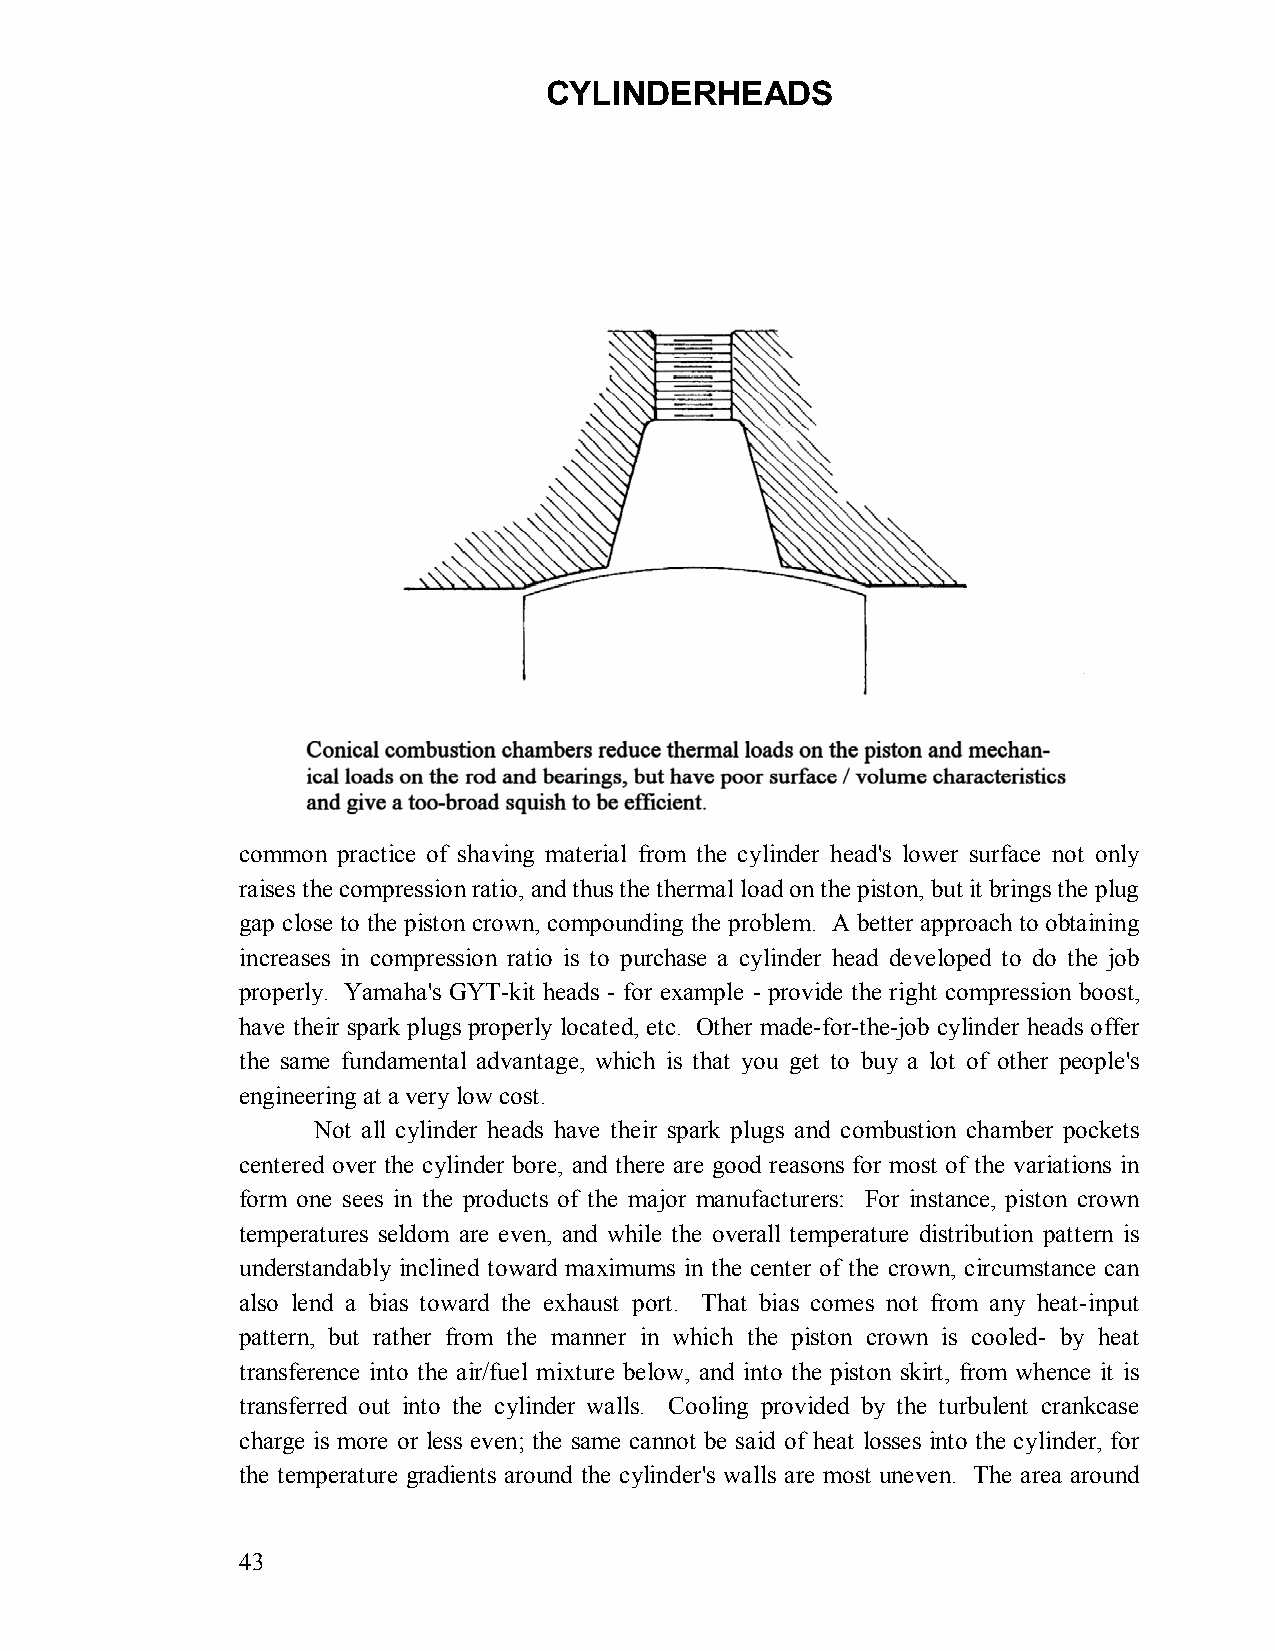
CYLINDERHEADS
 common practice of shaving material from the cylinder head's lower surface not only
 raises the compression ratio, and thus the thermal load on the piston, but it brings the plug
 gap close to the piston crown, compounding the problem. A better approach to obtaining
 increases in compression ratio is to purchase a cylinder head developed to do the job
 properly. Yamaha's GYT-kit heads - for example - provide the right compression boost,
 have their spark plugs properly located, etc. Other made-for-the-job cylinder heads offer
 the same fundamental advantage, which is that you get to buy a lot of other people's
 engineering at a very low cost.
 Not all cylinder heads have their spark plugs and combustion chamber pockets
 centered over the cylinder bore, and there are good reasons for most of the variations in
 form one sees in the products of the major manufacturers: For instance, piston crown
 temperatures seldom are even, and while the overall temperature distribution pattern is
 understandably inclined toward maximums in the center of the crown, circumstance can
 also lend a bias toward the exhaust port. That bias comes not from any heat-input
 pattern, but rather from the manner in which the piston crown is cooled- by heat
 transference into the air/fuel mixture below, and into the piston skirt, from whence it is
 transferred out into the cylinder walls. Cooling provided by the turbulent crankcase
 charge is more or less even; the same cannot be said of heat losses into the cylinder, for
 the temperature gradients around the cylinder's walls are most uneven. The area around
 43